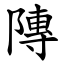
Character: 䧠